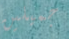
جميلين